Scottish Leaving Certificate Examination, 1960
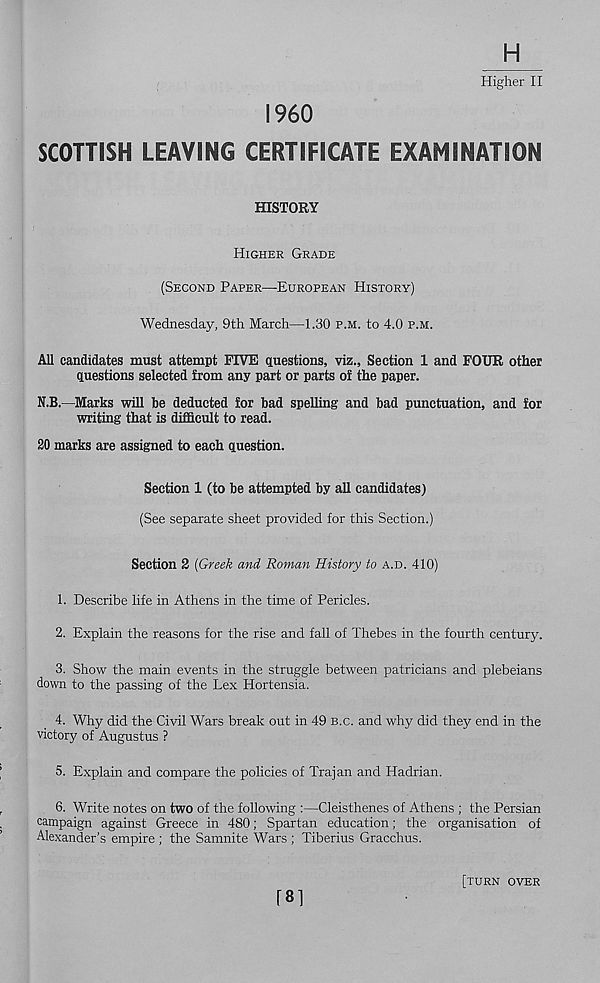
H
Higher II
I960
SCOTTISH LEAVING CERTIFICATE EXAMINATION
HISTORY
HIGHER GRADE
(SECOND PAPER—EUROPEAN HISTORY)
Wednesday, 9th March—1.30 P.M. to 4.0 P.M.
All candidates must attempt FIVE questions, viz., Section 1 and FOUR other
questions selected from any part or parts of the paper.
N.B.—Marks will he deducted for bad spelling and bad punctuation, and for
writing that is difficult to read.
20 marks are assigned to each question.
Section 1 (to be attempted by all candidates)
(See separate sheet provided for this Section.)
Section 2 [Greek and Roman History to A.D. 410)
1. Describe life in Athens in the time of Pericles.
2. Explain the reasons for the rise and fall of Thebes in the fourth century.
3. Show the main events in the struggle between patricians and plebeians
down to the passing of the Lex Hortensia.
4. Why did the Civil Wars break out in 49 B.C. and why did they end in the
victory of Augustus ?
5. Explain and compare the policies of Trajan and Hadrian.
6. Write notes on two of the following :—Cleisthenes of Athens ; the Persian
campaign against Greece in 480; Spartan education; the organisation of
Alexander’s empire ; the Samnite Wars ; Tiberius Gracchus.
[81
[TURN OVER